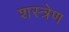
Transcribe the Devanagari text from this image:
शस्त्रेण